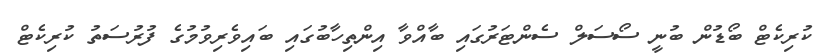
ކުރިކެޓް ބޯޑުން ބުނީ ސޯސަލް ސެންޓަރުގައި ބާއްވާ އިންތިހާބުގައި ބައިވެރިވުމުގެ ފުރުސަތު ކުރިކެޓް